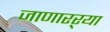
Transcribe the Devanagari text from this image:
जाणारऱ्या